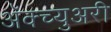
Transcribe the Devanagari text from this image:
अॅक्च्युअरी